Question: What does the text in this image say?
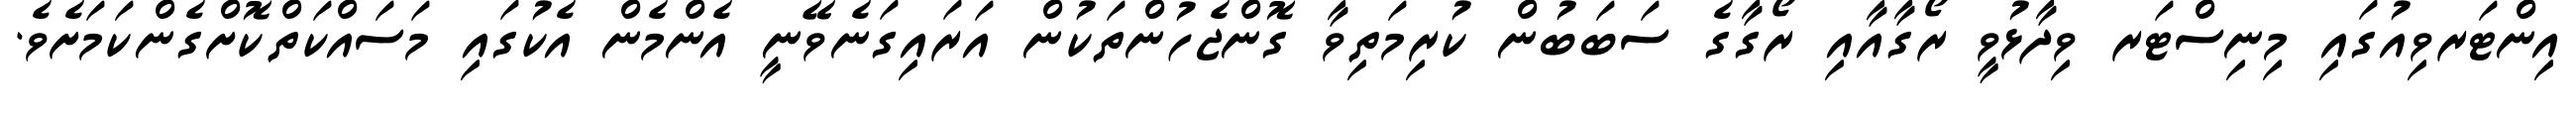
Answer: އިންޓަރވިއުގައި މިނިސްޓަރ ވިދާޅުވީ ރޯގާއާއި ރޯގާގެ ސަބަބުން ކުރިމަތިވާ ގޮންޖެހުންތަކުން އަރައިގަނެވޭނީ އެންމެން އެކުގައި މަސައްކަތްކޮށްގެންކަމަށެވެ.